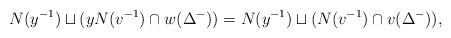
LaTeX: \begin{align*}N(y^{-1})\sqcup (yN(v^{-1})\cap w(\Delta^-))= N(y^{-1})\sqcup (N(v^{-1}) \cap v(\Delta^-)),\end{align*}